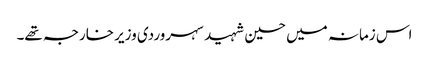
اس زمانہ میں حسین شہید سہروردی وزیر خارجہ تھے۔